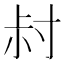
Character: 𡬧